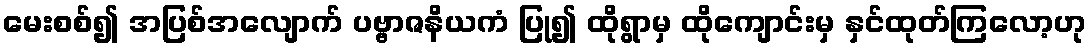
မေးစစ်၍ အပြစ်အလျောက် ပဗ္ဗာဇနိယကံ ပြု၍ ထိုရွာမှ ထိုကျောင်းမှ နှင်ထုတ်ကြလော့ဟု